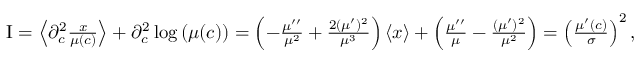
\begin{array} { r } { \mathrm { I } = \left\langle \partial _ { c } ^ { 2 } \frac { x } { \mu ( c ) } \right\rangle + \partial _ { c } ^ { 2 } \log \left( \mu ( c ) \right) = \left( - \frac { \mu ^ { \prime \prime } } { \mu ^ { 2 } } + \frac { 2 ( \mu ^ { \prime } ) ^ { 2 } } { \mu ^ { 3 } } \right) \left\langle x \right\rangle + \left( \frac { \mu ^ { \prime \prime } } { \mu } - \frac { ( \mu ^ { \prime } ) ^ { 2 } } { \mu ^ { 2 } } \right) = \left( \frac { \mu ^ { \prime } ( c ) } { \sigma } \right) ^ { 2 } , } \end{array}